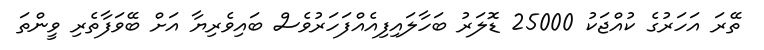
ތޭރަ އަހަރުގެ ކުއްޖަކު 25000 ޑޮލަރު ބަހާލައިފިއެއްފަހަރުވެސް ބައިވެރިޔާ އަށް ބޭވަފާތެރި ވީންތަ